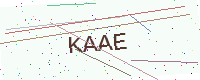
Text: KAAE